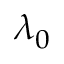
\lambda _ { 0 }